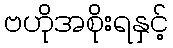
ဗဟိုအစိုးရနှင့်